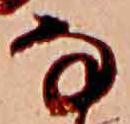
な